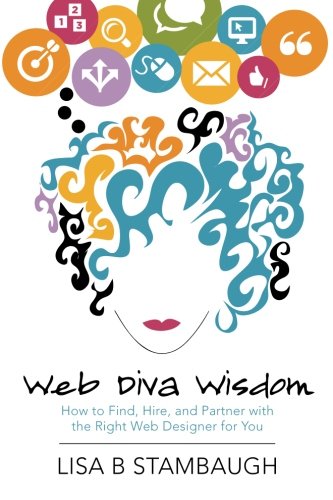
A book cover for Web Diva Wisdom: How to Find, Hire, and Partner with the Right Web Designer for You; Lisa B Stambaugh; Business & Money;